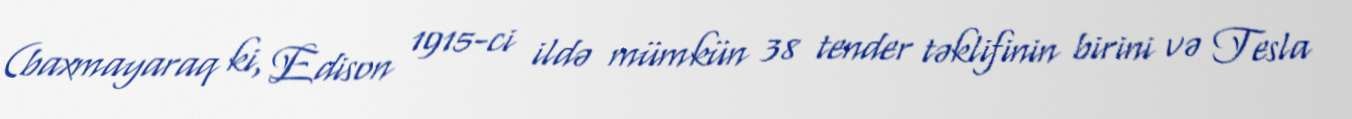
(baxmayaraq ki, Edison 1915-ci ildə mümkün 38 tender təklifinin birini və Tesla